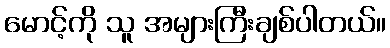
မောင့်ကို သူ အများကြီးချစ်ပါတယ်။